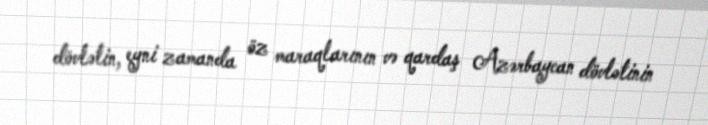
dövlətin, eyni zamanda öz maraqlarının və qardaş Azərbaycan dövlətinin